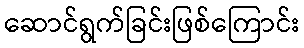
ဆောင်ရွက်ခြင်းဖြစ်ကြောင်း